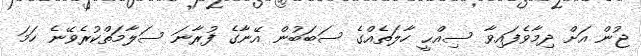
ޖުން އަށް ދިމާވެފައިވާ ސިއްޙީ ހާލަތެއްގެ ސަބަބުން އޭނާގެ ފުރާނަ ސަލާމަތްކުރެވޭނެ ހަމަ